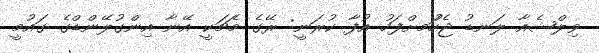
ވިލްޝެއާ ލަނޑު ޖެހުަމށްފަހު އުފާ ކުރަނީ: ރޭގެ މެޗަކީ އޭނާ އިންގުލޭންޑްގެ ގައުމީ